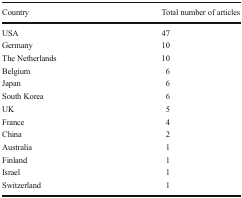
<table><thead><tr><td><b>Country</b></td><td><b>Total number of articles</b></td></tr></thead><tbody><tr><td>USA</td><td>47</td></tr><tr><td>Germany</td><td>10</td></tr><tr><td>The Netherlands</td><td>10</td></tr><tr><td>Belgium</td><td>6</td></tr><tr><td>Japan</td><td>6</td></tr><tr><td>South Korea</td><td>6</td></tr><tr><td>UK</td><td>5</td></tr><tr><td>France</td><td>4</td></tr><tr><td>China</td><td>2</td></tr><tr><td>Australia</td><td>1</td></tr><tr><td>Finland</td><td>1</td></tr><tr><td>Israel</td><td>1</td></tr><tr><td>Switzerland</td><td>1</td></tr></tbody></table>